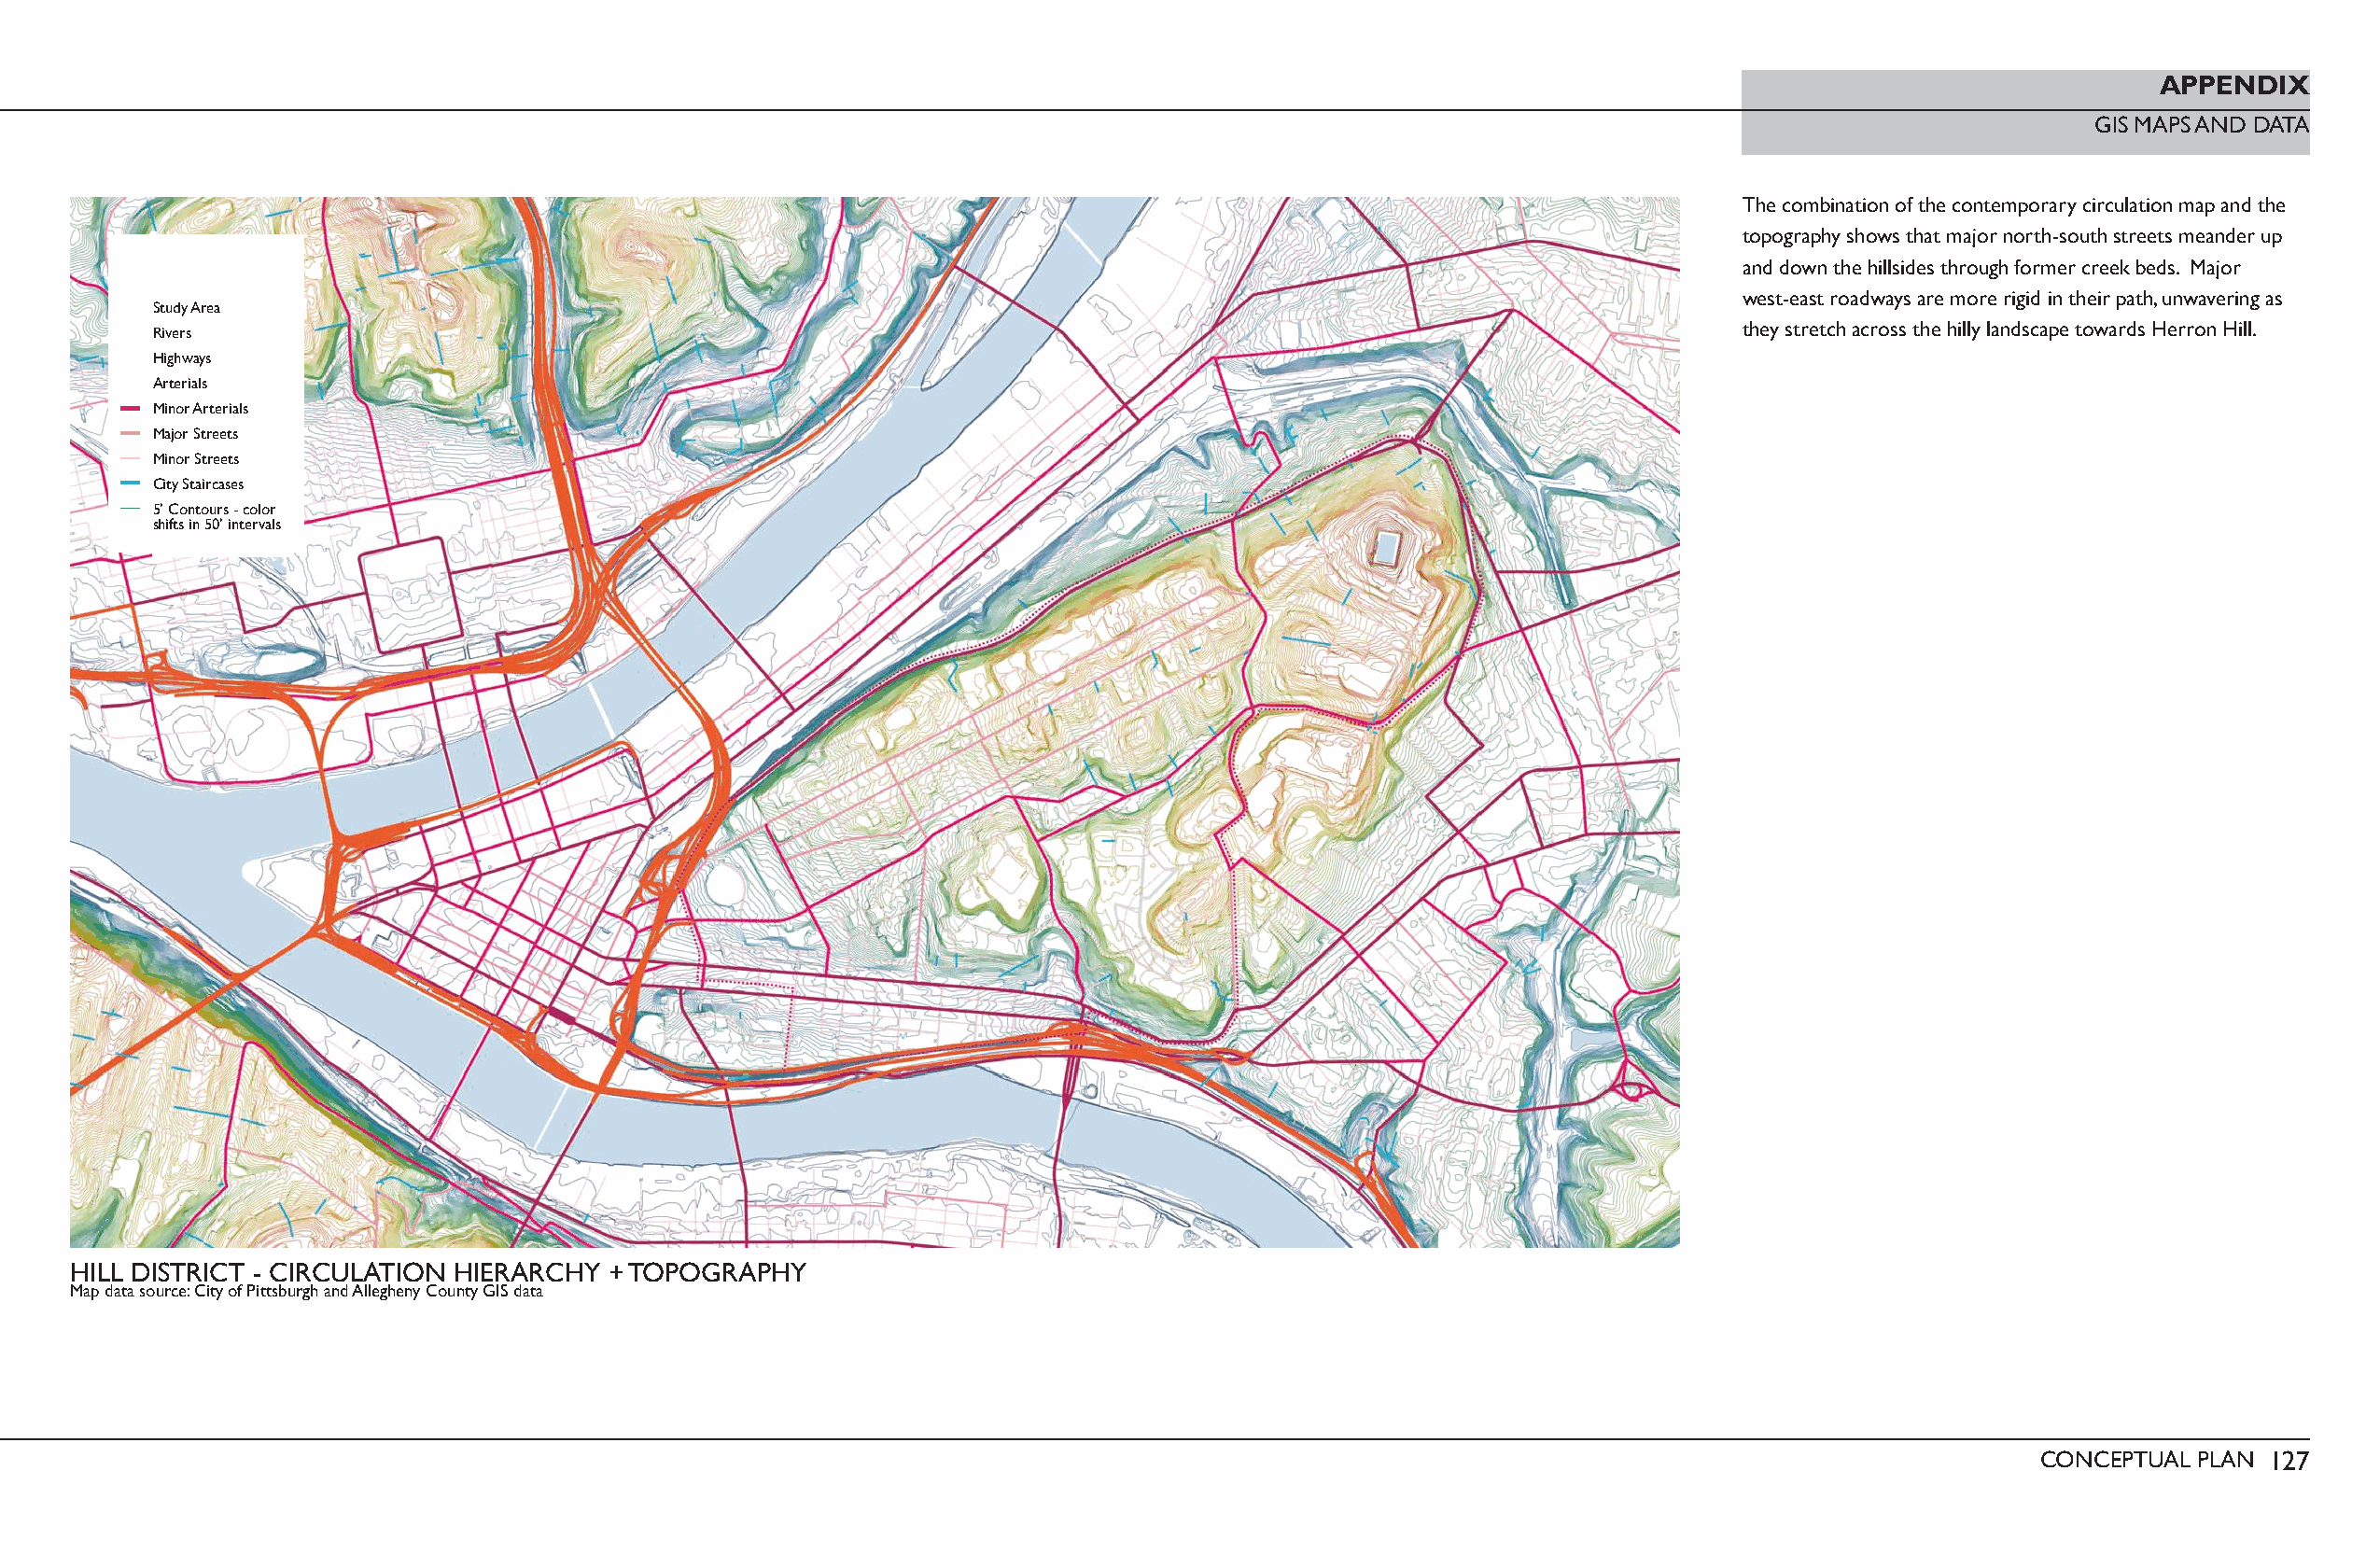
APPENDIX
 GIS MAPS AND DATA
 The combination of the contemporary circulation map and the
 topography shows that major north-south streets meander up
 and down the hillsides through former creek beds. Major
 west-east roadways are more rigid in their path, unwavering as
 Study Area
 they stretch across the hilly landscape towards Herron Hill.
 Rivers
 Highways
 Arterials
 Minor Arterials
 Major Streets
 Minor Streets
 City Staircases
 5’ Contours - color
 shifts in 50’ intervals
 HILL DISTRICT - CIRCULATION HIERARCHY + TOPOGRAPHY
 Map data source: City of Pittsburgh and Allegheny County GIS data
 CONCEPTUAL PLAN 127